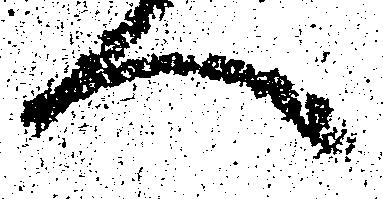
へ